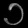
Digit: ၁